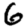
Digit: 6